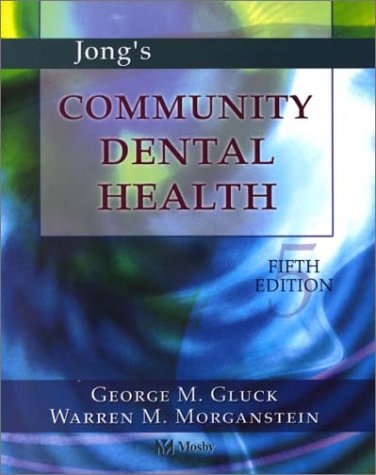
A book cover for Jong's Community Dental Health, 5e (Community Dental Health ( Jong's)); George M. Gluck; Medical Books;